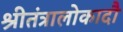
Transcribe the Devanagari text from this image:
श्रीतंत्रालोकादौ